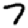
Digit: 7